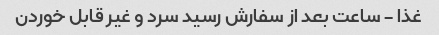
غذا - ساعت بعد از سفارش رسید سرد و غیر قابل خوردن